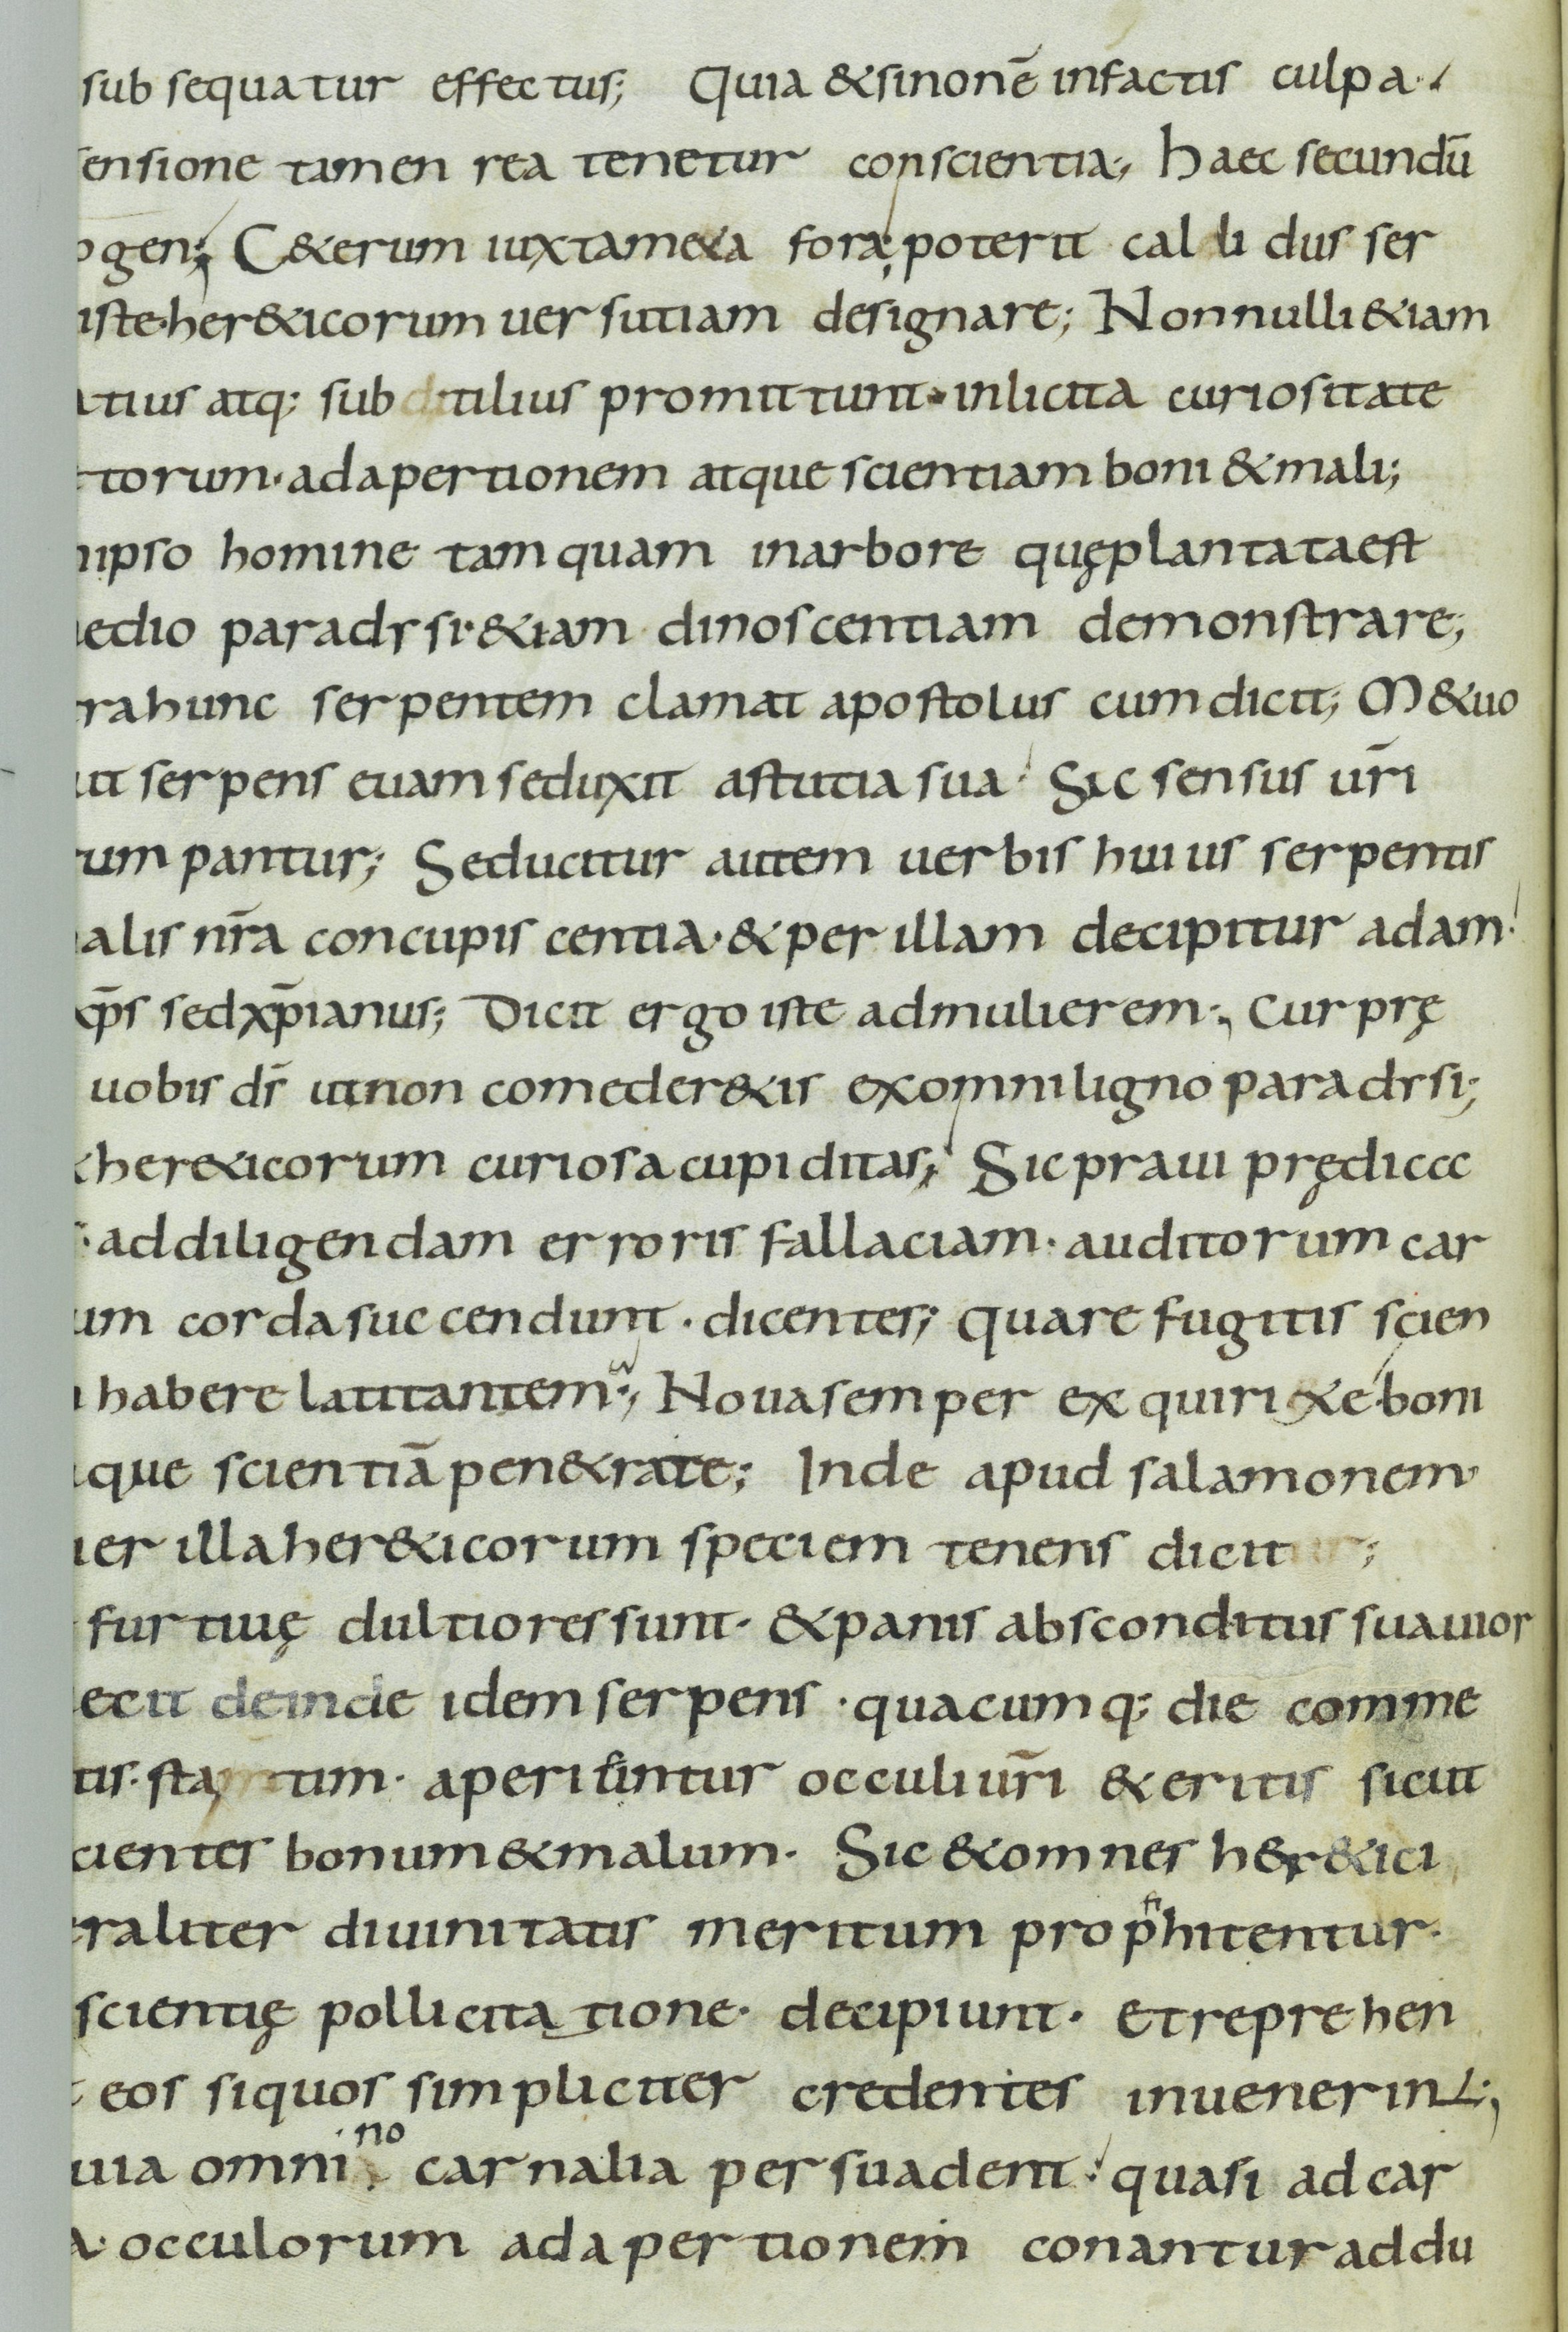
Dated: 800–899